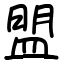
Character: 盟